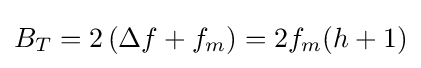
B_{T}=2\left(\Delta f+f_{m}\right)=2f_{m}(h+1)